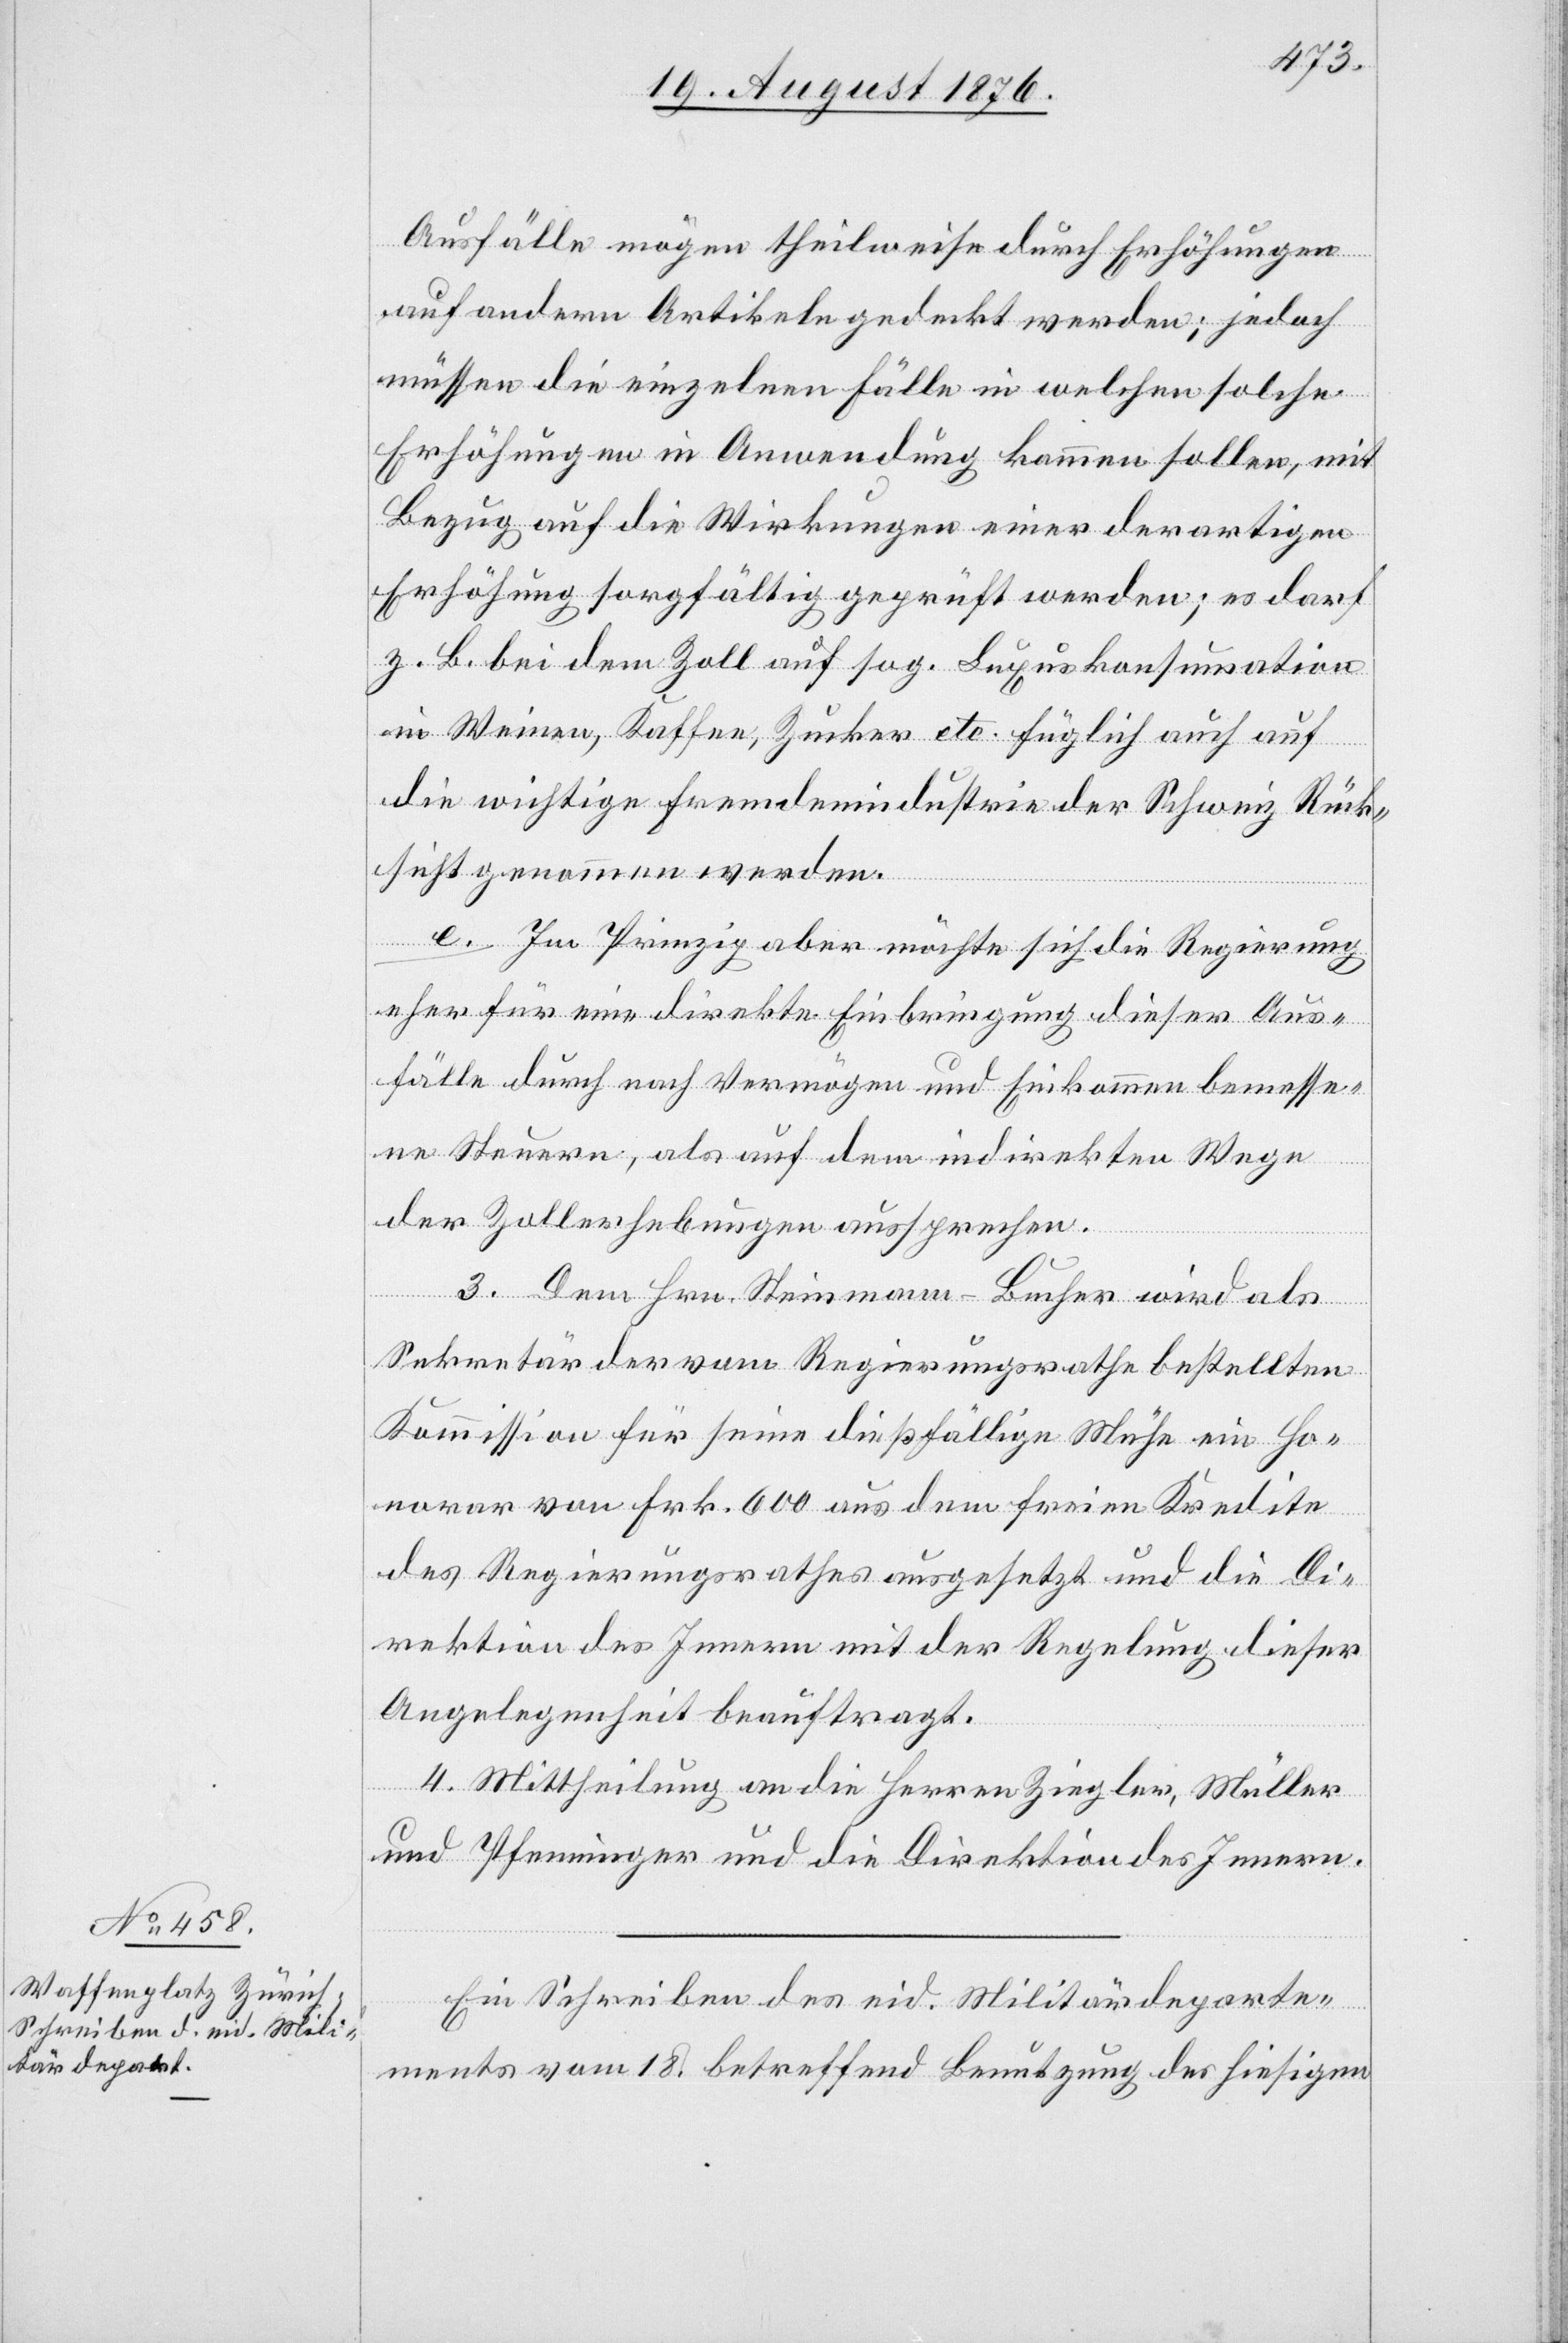
Ausfälle mögen theilweise durch Erhöhungen
auf andern Artikeln gedeckt werden; jedoch
müssen die einzelnen Fälle in welchen solche
Erhöhungen in Anwendung kommen sollen, mit
Bezug auf die Wirkungen einer derartigen
Erhöhung sorgfältig geprüft werden; es darf
z. B. bei dem Zoll auf sog. Luxuskonsumation
in Weinen, Kaffee, Zucker etc. füglich auch auf
die wichtige Fremdenindustrie der Schweiz Rück¬
sicht genommen werden.
e. Im Prinzip aber möchte sich die Regierung
eher für eine direkte Einbringung dieser Aus¬
fälle durch nach Vermögen und Einkommen bemesse¬
ne Steuern, als auf dem indirekten Wege
der Zollerhebungen aussprechen.
3. Dem Hrn. Steinmann-Bucher wird als
Sekretär der vom Regierungsrathe bestellten
Kommission für seine dießfällige Mühe ein Ho¬
norar von Frk. 600 aus dem freien Kredite
des Regierungsrathes ausgesetzt und die Di¬
rektion des Innern mit der Regelung dieser
Angelegenheit beauftragt.
4. Mittheilung an die Herren Ziegler, Müller
und Pfenninger und an die Direktion des Innern.
Ein Schreiben des eid. Militärdeparte¬
ments vom 18. betreffend Benutzung des hiesigen